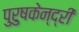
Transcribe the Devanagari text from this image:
पुरुषकेन्द्री